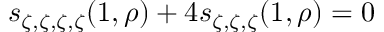
s _ { \zeta , \zeta , \zeta , \zeta } ( 1 , \rho ) + 4 s _ { \zeta , \zeta , \zeta } ( 1 , \rho ) = 0